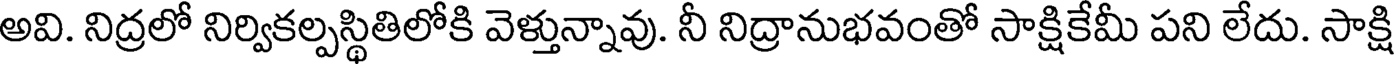
అవి. నిద్రలో నిర్వికల్పస్థితిలోకి వెళ్తున్నావు. నీ నిద్రానుభవంతో సాక్షికేమీ పని లేదు. సాక్షి